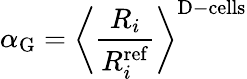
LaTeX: \alpha_{\mathrm{G}}=\bigg\langle\frac{R_{i}}{R_{i}^{\mathrm{ref}}}\bigg\rangle^{\mathrm{D-cells}}